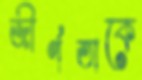
জীর্ণতাকে